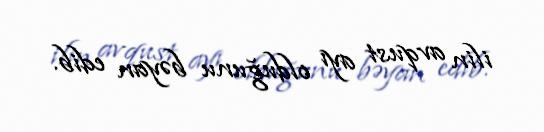
ilin avqust ayı olduğunu bəyan edib.